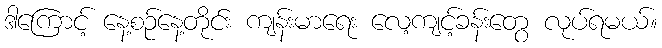
ဒါကြောင့် နေ့စဉ်နေ့တိုင်း ကျန်းမာရေး လေ့ကျင့်ခန်းတွေ လုပ်ရမယ်။